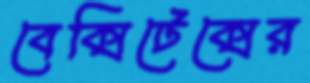
বেক্সিটেক্সের